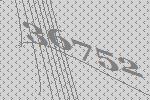
36752